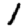
Digit: 1